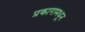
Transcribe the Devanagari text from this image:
प्रकारामधून